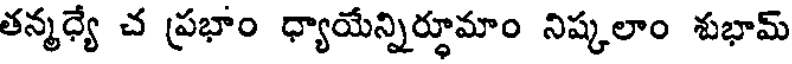
తన్మధ్యే చ ప్రభాం ధ్యాయేన్నిర్ధూమాం నిష్కలాం శుభామ్